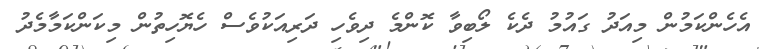
އެހެންކަމުން މިއަދު ގައުމު ދެކެ ލޯބިވާ ކޮންމެ ދިވެހި ދަރިއަކުވެސް ހެޔޮހިތުން މިކަންކަމާމެދު